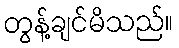
တွန့်ချင်မိသည်။